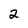
Character: 2